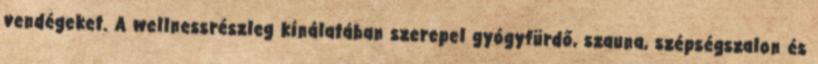
vendégeket. A wellnessrészleg kínálatában szerepel gyógyfürdő, szauna, szépségszalon és